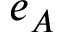
e _ { A }